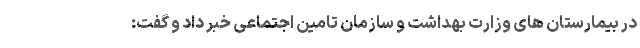
در بیمارستان های وزارت بهداشت و سازمان تامین اجتماعی خبر داد و گفت: